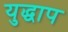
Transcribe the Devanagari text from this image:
युद्धाप